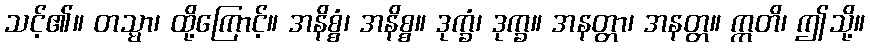
သင့်၏။ တသ္မာ၊ ထို့ကြောင့်။ အနိစ္စံ၊ အနိစ္စ။ ဒုက္ခံ၊ ဒုက္ခ။ အနတ္တာ၊ အနတ္တ။ ဣတိ၊ ဤသို့။